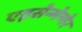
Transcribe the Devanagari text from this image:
एइसेन्मेन्गेर